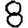
Digit: 8